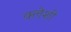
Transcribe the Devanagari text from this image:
क्लेशी